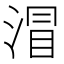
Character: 㴘